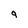
Character: q